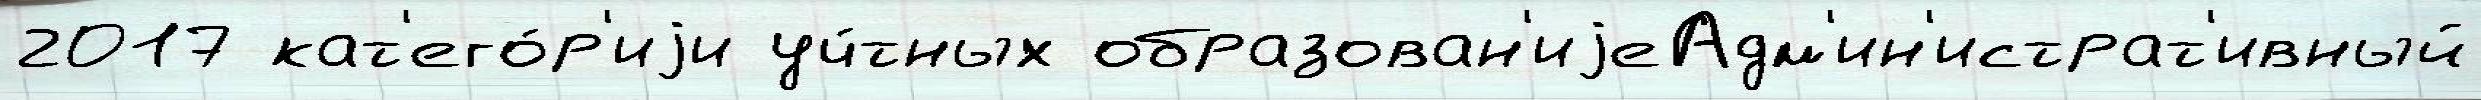
2017 кат'его́р'иjи уч́тных образован'иjеАдм'ин'истрат'ивный